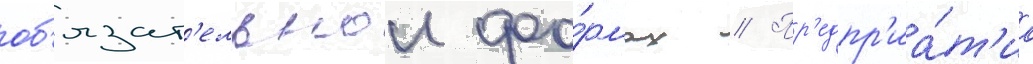
об'язат'ельнои фо́рмах // Пр'едпр'иа́т'иа